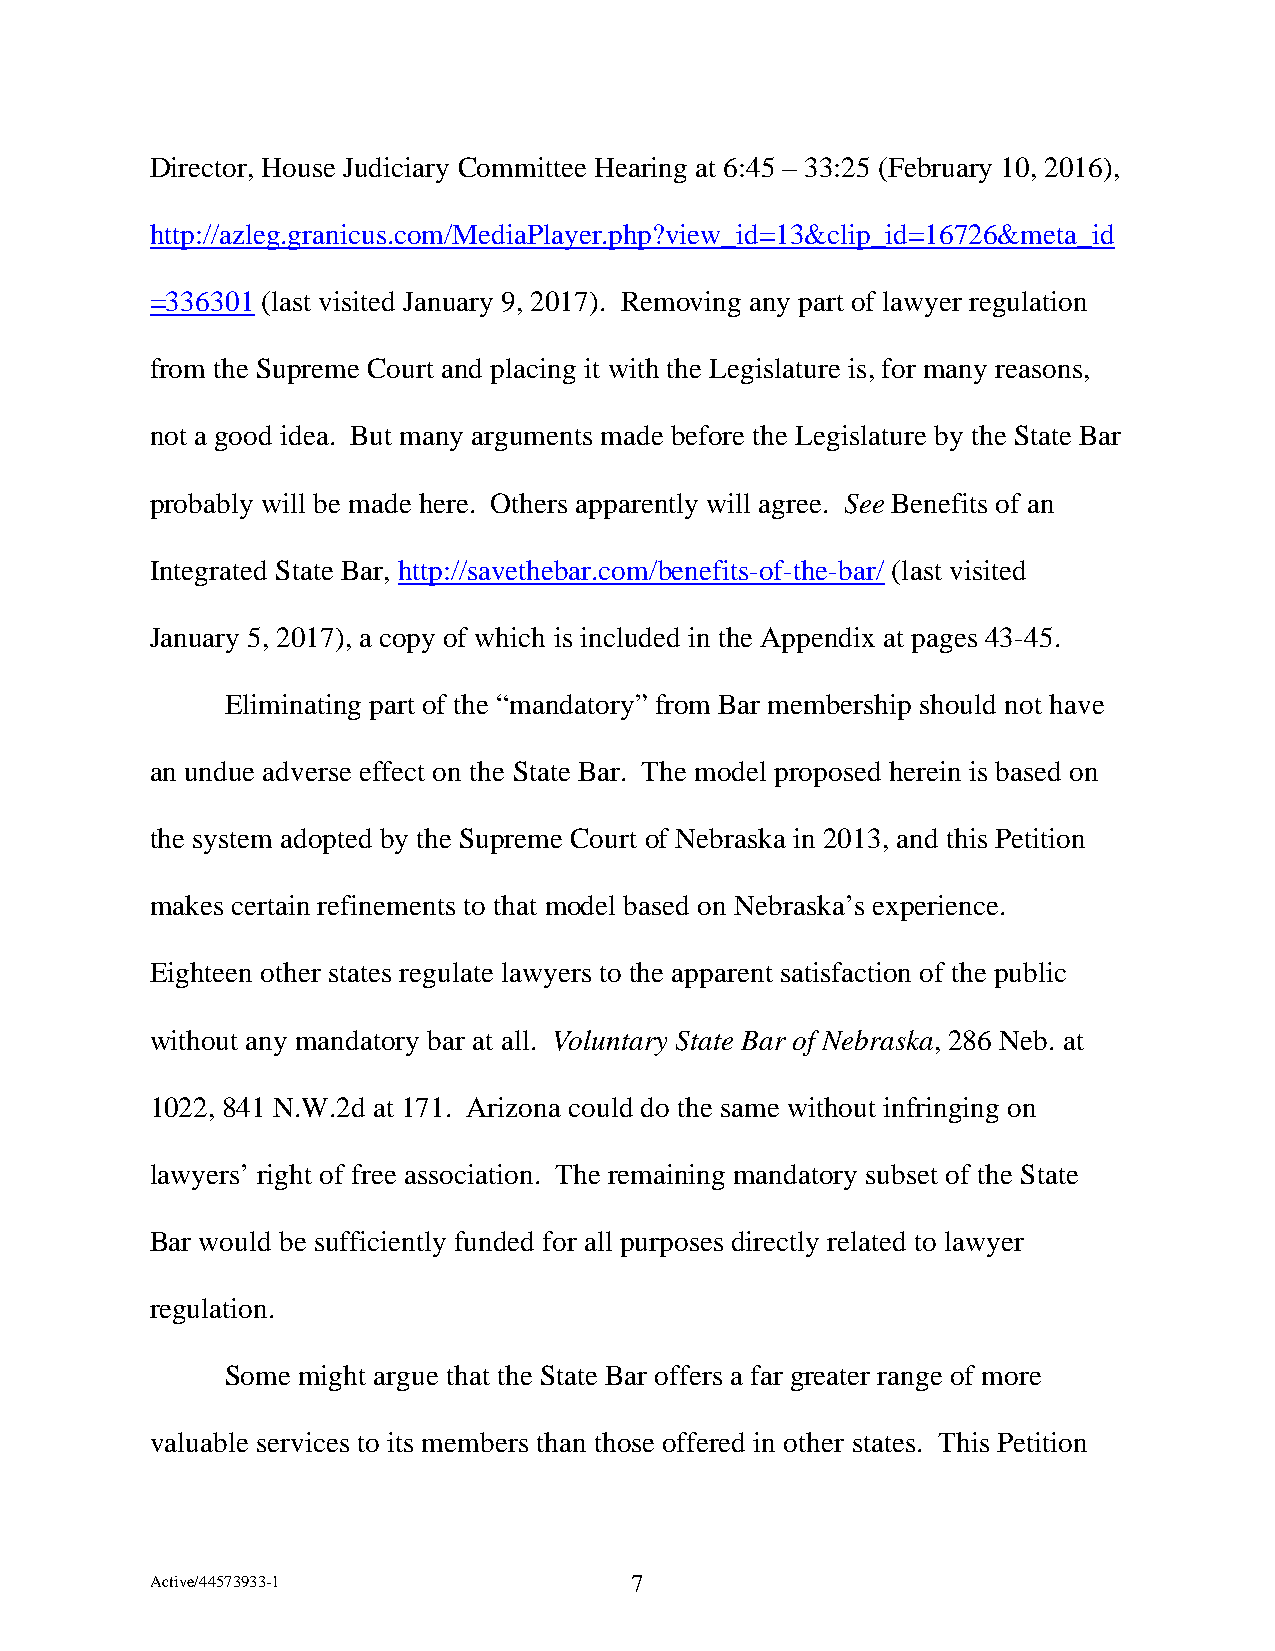
Director, House Judiciary Committee Hearing at 6:45 – 33:25 (February 10, 2016),
 http://azleg.granicus.com/MediaPlayer.php?view_id=13&clip_id=16726&meta_id
 =336301 (last visited January 9, 2017). Removing any part of lawyer regulation
 from the Supreme Court and placing it with the Legislature is, for many reasons,
 not a good idea. But many arguments made before the Legislature by the State Bar
 probably will be made here. Others apparently will agree. See Benefits of an
 Integrated State Bar, http://savethebar.com/benefits-of-the-bar/ (last visited
 January 5, 2017), a copy of which is included in the Appendix at pages 43-45.
 Eliminating part of the “mandatory” from Bar membership should not have
 an undue adverse effect on the State Bar. The model proposed herein is based on
 the system adopted by the Supreme Court of Nebraska in 2013, and this Petition
 makes certain refinements to that model based on Nebraska’s experience.
 Eighteen other states regulate lawyers to the apparent satisfaction of the public
 without any mandatory bar at all. Voluntary State Bar of Nebraska, 286 Neb. at
 1022, 841 N.W.2d at 171. Arizona could do the same without infringing on
 lawyers’ right of free association. The remaining mandatory subset of the State
 Bar would be sufficiently funded for all purposes directly related to lawyer
 regulation.
 Some might argue that the State Bar offers a far greater range of more
 valuable services to its members than those offered in other states. This Petition
 Active/44573933-1               7